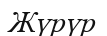
Жүрүр